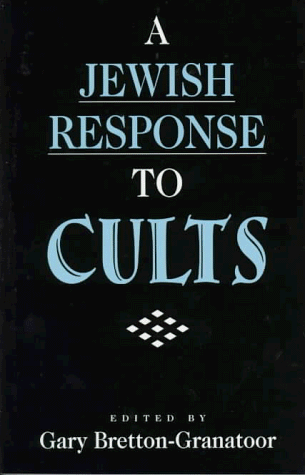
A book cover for A Jewish Response to Cults; Teen & Young Adult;